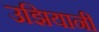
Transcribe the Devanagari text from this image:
उझियानी